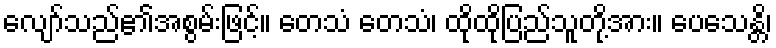
လျော်သည်၏အစွမ်းဖြင့်။ တေသံ တေသံ၊ ထိုထိုပြည်သူတို့အား။ ပေသေန္တိ၊